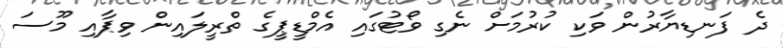
ދެ ފަނޑިޔާރުން ވަކި ކުރުމަށް ނެގި ވޯޓުގައި އެމްޑީޕީގެ ތްރީލައިން ވިޕާއި މޫސަ